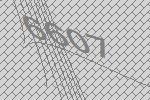
6607